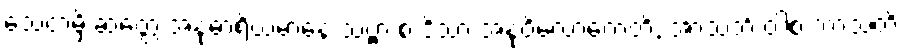
သေတမှိ ဆတ္တေ အနုဓာရိယမာနေ သဗ္ဗာ စ ဒိသာ အနုဝိလောကေတိ, အာသဘိံ ဝါစံ ဘာသတိ